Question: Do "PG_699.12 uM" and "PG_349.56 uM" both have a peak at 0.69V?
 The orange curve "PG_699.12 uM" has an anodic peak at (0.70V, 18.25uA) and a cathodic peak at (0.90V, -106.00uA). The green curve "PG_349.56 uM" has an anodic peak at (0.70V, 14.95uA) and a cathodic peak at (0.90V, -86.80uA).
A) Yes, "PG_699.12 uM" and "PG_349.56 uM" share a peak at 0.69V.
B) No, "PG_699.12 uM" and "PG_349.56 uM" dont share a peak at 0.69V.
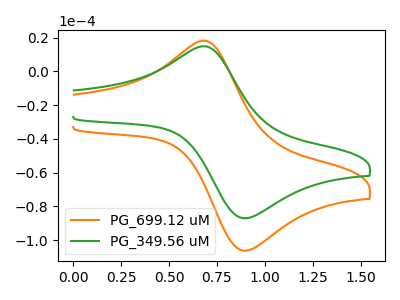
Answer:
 <answer>A) Yes, "PG_699.12 uM" and "PG_349.56 uM" share a peak at 0.69V.</answer>
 <eval>A</eval>